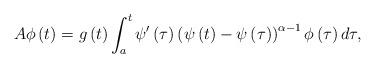
LaTeX: \begin{align*} A\phi \left( t\right) =g\left( t\right) \int_{a}^{t}\psi ^{\prime }\left(\tau \right) \left( \psi \left( t\right) -\psi \left( \tau \right) \right)^{\alpha -1}\phi \left( \tau \right) d\tau,\end{align*}